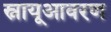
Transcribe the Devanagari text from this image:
स्नायूआवरण